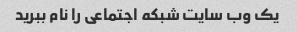
یک وب سایت شبکه اجتماعی را نام ببرید